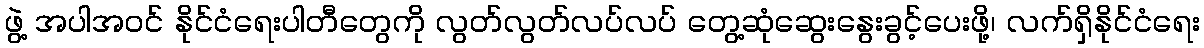
ဖွဲ့ အပါအဝင် နိုင်ငံရေးပါတီတွေကို လွတ်လွတ်လပ်လပ် တွေ့ဆုံဆွေးနွေးခွင့်ပေးဖို့၊ လက်ရှိနိုင်ငံရေး